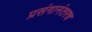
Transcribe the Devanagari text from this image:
प्रसंगानंतरच